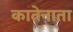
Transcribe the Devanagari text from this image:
कातेनाता